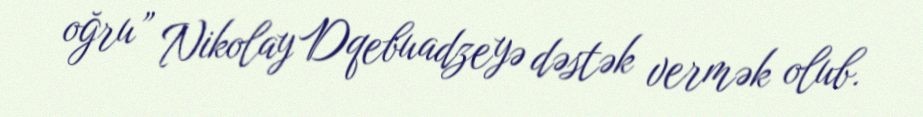
oğru” Nikolay Dqebuadzeyə dəstək vermək olub.